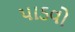
પાડવો